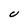
Character: U